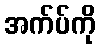
အက်ပ်ကို